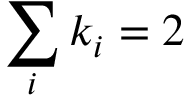
\sum _ { i } k _ { i } = 2